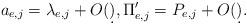
LaTeX: \begin{align*}a_{e,j} = \lambda_{e,j}+O(\d), \Pi'_{e,j} =P_{e,j}+O(\d).\end{align*}